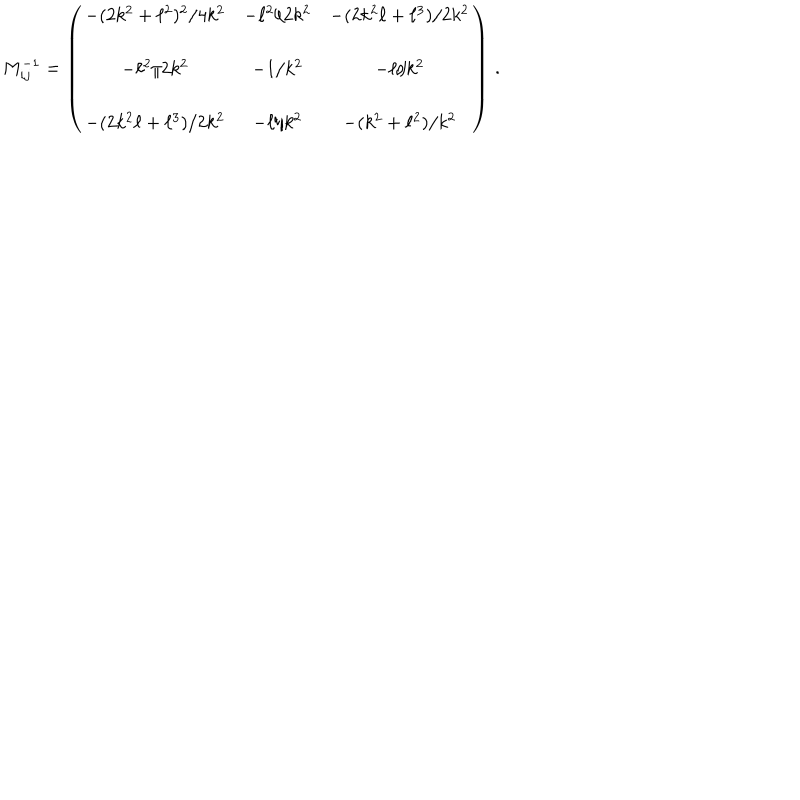
LaTeX: M _ { i j } ^ { - 1 } = \left( \begin{array} { c c c } { { - ( 2 k ^ { 2 } + \ell ^ { 2 } ) ^ { 2 } / 4 k ^ { 2 } } } & { { - \ell ^ { 2 } / 2 k ^ { 2 } } } & { { - ( 2 k ^ { 2 } \ell + \ell ^ { 3 } ) / 2 k ^ { 2 } } } \\ { { } } & { { } } & { { } } \\ { { - \ell ^ { 2 } / 2 k ^ { 2 } } } & { { - 1 / k ^ { 2 } } } & { { - \ell / k ^ { 2 } } } \\ { { } } & { { } } & { { } } \\ { { - ( 2 k ^ { 2 } \ell + \ell ^ { 3 } ) / 2 k ^ { 2 } } } & { { - \ell / k ^ { 2 } } } & { { - ( k ^ { 2 } + \ell ^ { 2 } ) / k ^ { 2 } } } \\ \end{array} \right) \, .